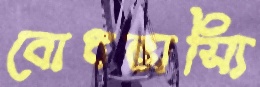
বোধভাস্যি